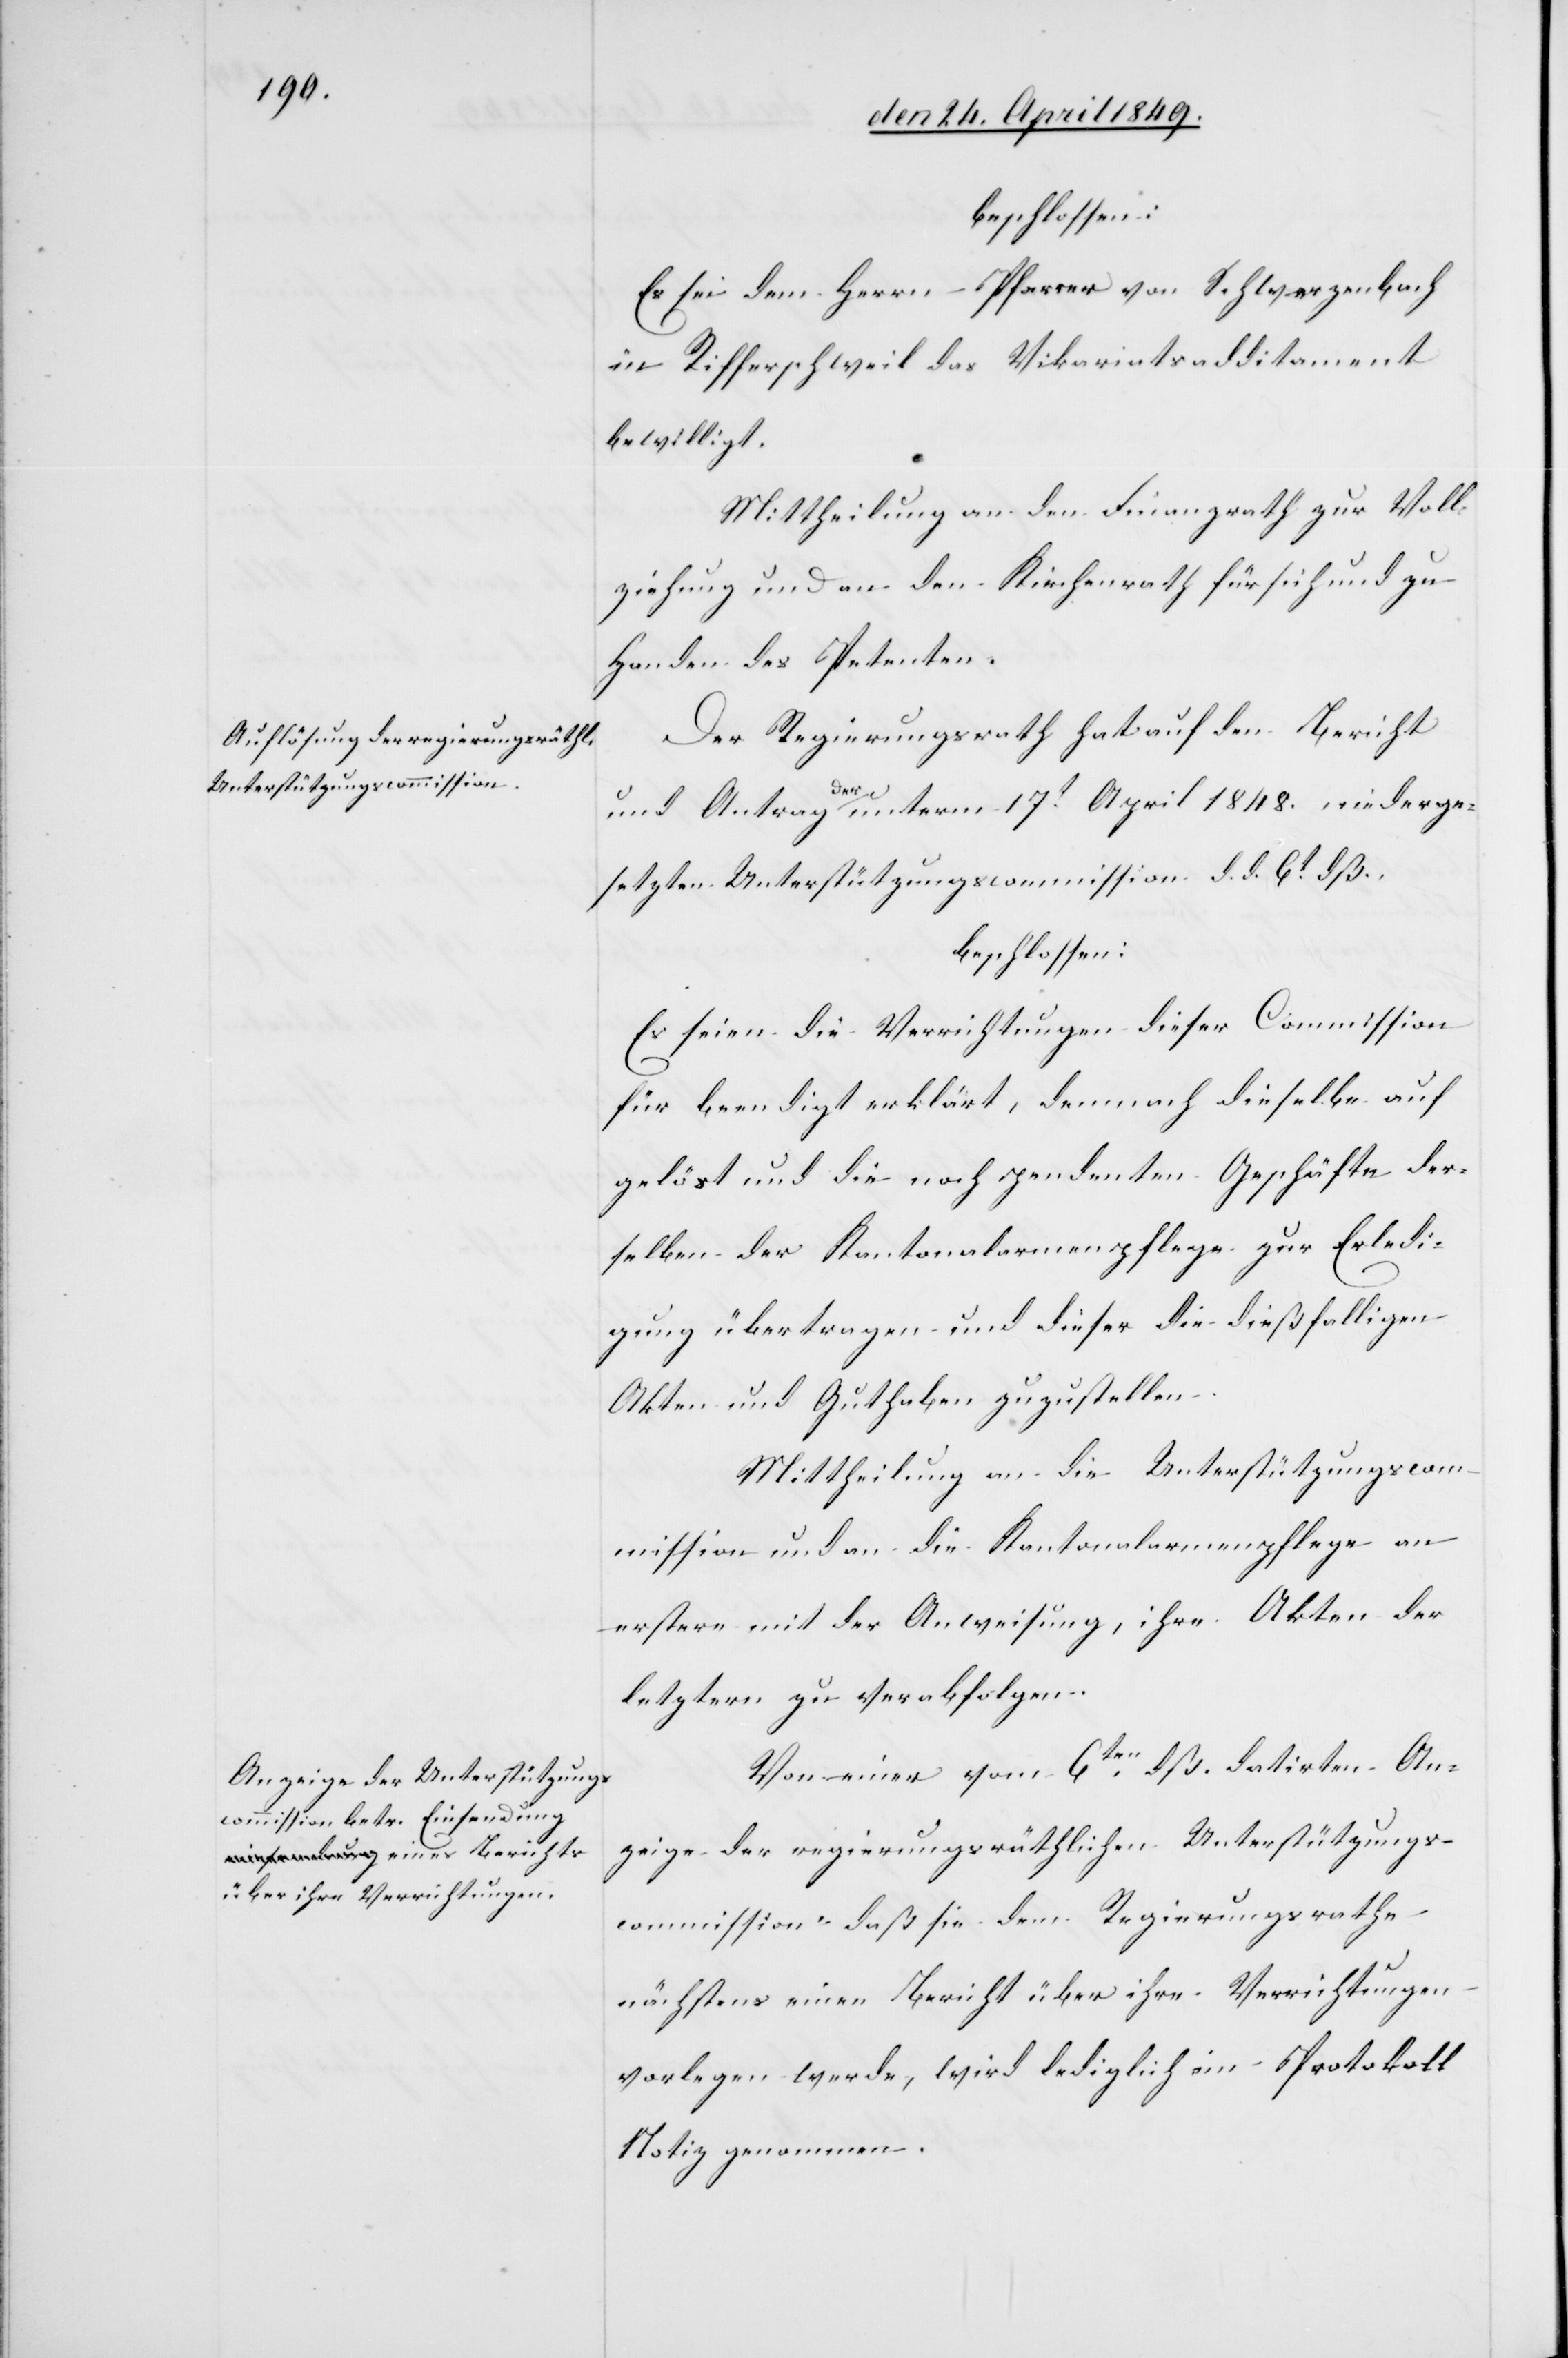
beschlossen:
Es sei dem Herrn Pfarrer von Schwerzenbach
in Rifferschweil das Vikariatsadditament
bewilligt.
Mittheilung an den Finanzrath zur Voll¬
ziehung und an den Kirchenrath für sich und zu
Handen des Petenten.
Der Regierungsrath hat auf den Bericht
und Antrag a-der-a unterm 17t April 1848. niederge¬
setzten Unterstützungscommission d. d. 6t dß.,
beschlossen:
Es seien die Verrichtungen dieser Commission
für beendigt erklärt, demnach dieselbe auf
gelöst und die noch pendenten Geschäfte der¬
selben der Kantonalarmenpflege zur Erledi¬
gung übertragen und dieser die dießfalligen
Akten und Guthaben zuzustellen.
Mittheilung an die Unterstützungscom¬
mission und an die Kantonalarmenpflege an
erstere mit der Anweisung, ihre Akten der
letztern zu verabfolgen.
Von einer vom 6ten dß. datirten An¬
zeige der regierungsräthlichen Unterstützungs¬
commission, daß sie dem Regierungsrathe
nächstens einen Bericht über ihre Verrichtungen
vorlegen werde, wird lediglich im Protokoll
Notiz genommen.